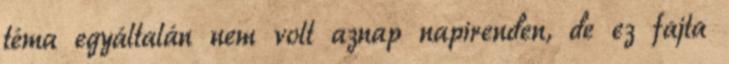
téma egyáltalán nem volt aznap napirenden, de ez fajta